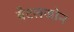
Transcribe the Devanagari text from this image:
बैटलजोन